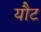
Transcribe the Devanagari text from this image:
यौट